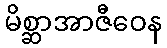
မိစ္ဆာအာဇီဝေန